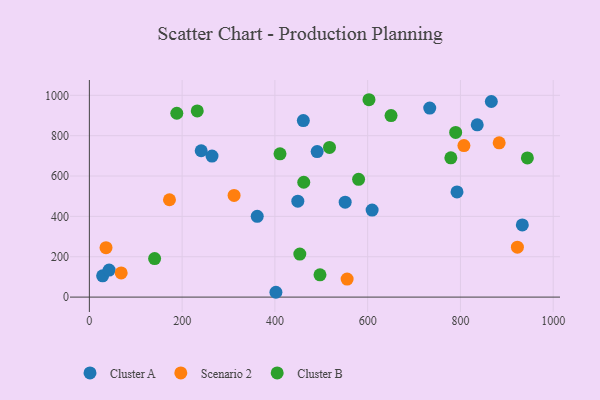
{"axis": {"x": "Distance", "y": "Sales"}, "legend": ["Cluster A", "Cluster B", "Scenario 2"], "data": [{"x": "933.4", "y": 357.7, "type": "Cluster A"}, {"x": "449.4", "y": 475.4, "type": "Cluster A"}, {"x": "733.8", "y": 936.8, "type": "Cluster A"}, {"x": "402.2", "y": 23.9, "type": "Cluster A"}, {"x": "609.6", "y": 431.5, "type": "Cluster A"}, {"x": "551.5", "y": 470.5, "type": "Cluster A"}, {"x": "866.6", "y": 969.3, "type": "Cluster A"}, {"x": "836.2", "y": 854.0, "type": "Cluster A"}, {"x": "792.6", "y": 521.1, "type": "Cluster A"}, {"x": "264.4", "y": 699.0, "type": "Cluster A"}, {"x": "361.9", "y": 400.3, "type": "Cluster A"}, {"x": "461.3", "y": 874.9, "type": "Cluster A"}, {"x": "491.1", "y": 721.2, "type": "Cluster A"}, {"x": "28.6", "y": 105.6, "type": "Cluster A"}, {"x": "241.1", "y": 725.3, "type": "Cluster A"}, {"x": "42.6", "y": 134.1, "type": "Cluster A"}, {"x": "312.0", "y": 504.1, "type": "Scenario 2"}, {"x": "35.9", "y": 245.0, "type": "Scenario 2"}, {"x": "922.8", "y": 247.6, "type": "Scenario 2"}, {"x": "807.5", "y": 750.9, "type": "Scenario 2"}, {"x": "68.6", "y": 119.7, "type": "Scenario 2"}, {"x": "883.5", "y": 764.8, "type": "Scenario 2"}, {"x": "172.7", "y": 482.5, "type": "Scenario 2"}, {"x": "555.7", "y": 89.4, "type": "Scenario 2"}, {"x": "580.4", "y": 583.5, "type": "Cluster B"}, {"x": "779.3", "y": 690.1, "type": "Cluster B"}, {"x": "789.7", "y": 816.0, "type": "Cluster B"}, {"x": "140.7", "y": 190.7, "type": "Cluster B"}, {"x": "411.0", "y": 710.2, "type": "Cluster B"}, {"x": "944.3", "y": 689.9, "type": "Cluster B"}, {"x": "650.4", "y": 899.5, "type": "Cluster B"}, {"x": "232.6", "y": 922.6, "type": "Cluster B"}, {"x": "602.8", "y": 978.2, "type": "Cluster B"}, {"x": "453.7", "y": 213.3, "type": "Cluster B"}, {"x": "497.2", "y": 110.2, "type": "Cluster B"}, {"x": "517.7", "y": 741.9, "type": "Cluster B"}, {"x": "188.5", "y": 911.2, "type": "Cluster B"}, {"x": "462.2", "y": 569.3, "type": "Cluster B"}]}